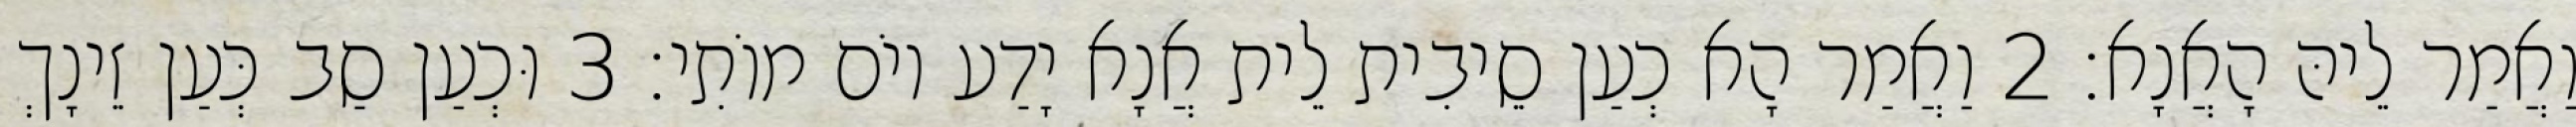
וַאֲמַר לֵיהּ הָאֲנָא׃ 2 וַאֲמַר הָא כְעַן סֵיבִית לֵית אֲנָא יָדַע יוֹם מוֹתִי׃ 3 וּכְעַן סַב כְּעַן זֵינָךְ